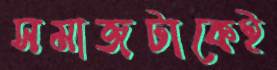
সমাজটাকেই